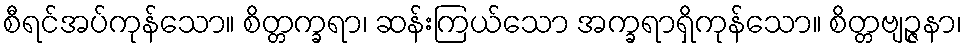
စီရင်အပ်ကုန်သော။ စိတ္တက္ခရာ၊ ဆန်းကြယ်သော အက္ခရာရှိကုန်သော။ စိတ္တဗျဉ္ဇနာ၊